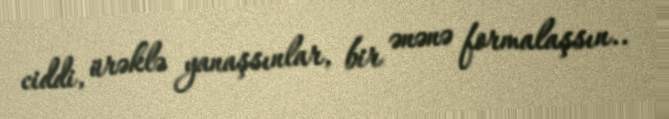
ciddi, ürəklə yanaşsınlar, bir ənənə formalaşsın..